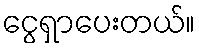
ငွေရှာပေးတယ်။